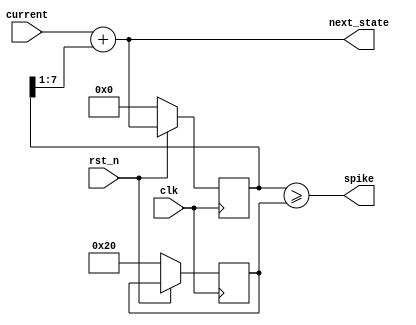
// Generic Async Node

module node_async (
   input  wire [7:0] current,
   output wire [7:0] next_state,
   output wire       spike,
   input  wire       clk,
   input  wire       rst_n
   );

   reg [7:0] state, threshold;

   // resting potential and threshold
   assign next_state = current + (state >> 1);
   assign spike = (state >= threshold);

   always @(posedge clk) begin
      if (!rst_n) begin
         state <= 0;
         threshold <= 32;
      end else begin
         state <= next_state;
      end
   end

endmodule